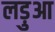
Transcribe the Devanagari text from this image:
लड़ुआ